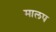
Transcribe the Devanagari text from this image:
मालप